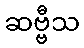
ဆဗ္ဗီသ